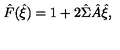
\hat { F } ( \hat { \xi } ) = 1 + 2 \hat { \Sigma } \hat { A } \hat { \xi } ,